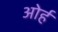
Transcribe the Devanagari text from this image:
ओर्ह